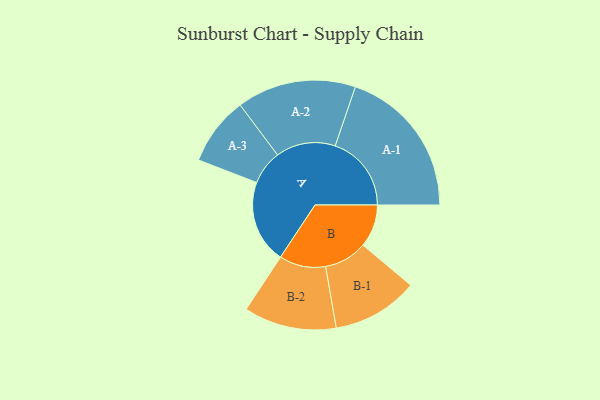
{"axis": {"x": "Segment", "y": "Value"}, "legend": ["", "A", "B"], "data": [{"x": "A", "y": 276, "type": ""}, {"x": "B", "y": 142, "type": ""}, {"x": "A-1", "y": 253, "type": "A"}, {"x": "A-2", "y": 198, "type": "A"}, {"x": "A-3", "y": 114, "type": "A"}, {"x": "B-1", "y": 143, "type": "B"}, {"x": "B-2", "y": 154, "type": "B"}]}